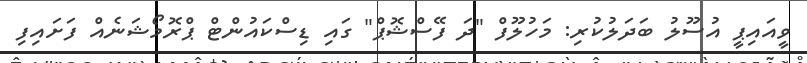
ވީއައިޕީ އުސޫލު ބަދަލުކުރި: މަހުލޫފް "ދަ ފޭސްޝޮޕް" ގައި ޑިސްކައުންޓް ޕްރޮމޯޝަނެއް ފަށައިފި